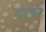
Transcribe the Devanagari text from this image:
भांडणांना